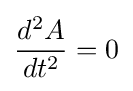
{\frac {d^{2}A}{dt^{2}}}=0